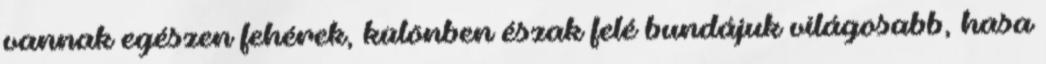
vannak egészen fehérek, különben észak felé bundájuk világosabb, hasa